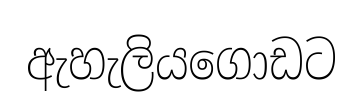
ඇහැලියගොඩට